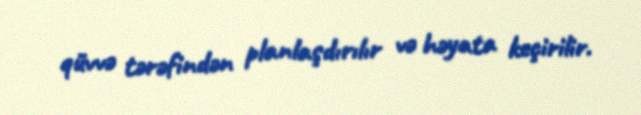
qüvvə tərəfindən planlaşdırılır və həyata keçirilir.